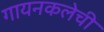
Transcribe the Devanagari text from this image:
गायनकलेची